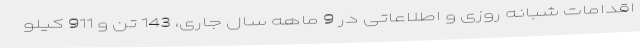
اقدامات شبانه روزی و اطلاعاتی در 9 ماهه سال جاری، 143 تن و 911 کیلو